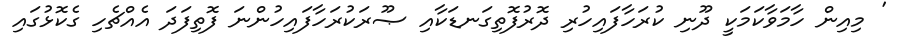
' މިއިން ހާމަވާކަމަކީ ދޫނި ކުރަހާފައިހުރި ދޮރުފޮތިގަނޑަކާއި ޞޫރަކުރަހާފައިހުންނަ ފޮތިފަދަ އެއްޗެހި ގެކޮޅުގައި